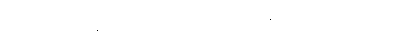
မမေ့မလျော့ကုန်သည်ဖြစ၍။ ဝိဟရိဿာမ၊ နေကုန်အံ့။ အာသဝါနံ၊